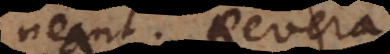
neant. Revera